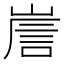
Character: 𡹼